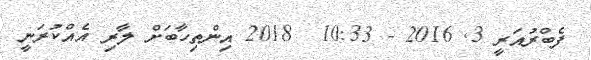
ފެބްރުއަރީ 3